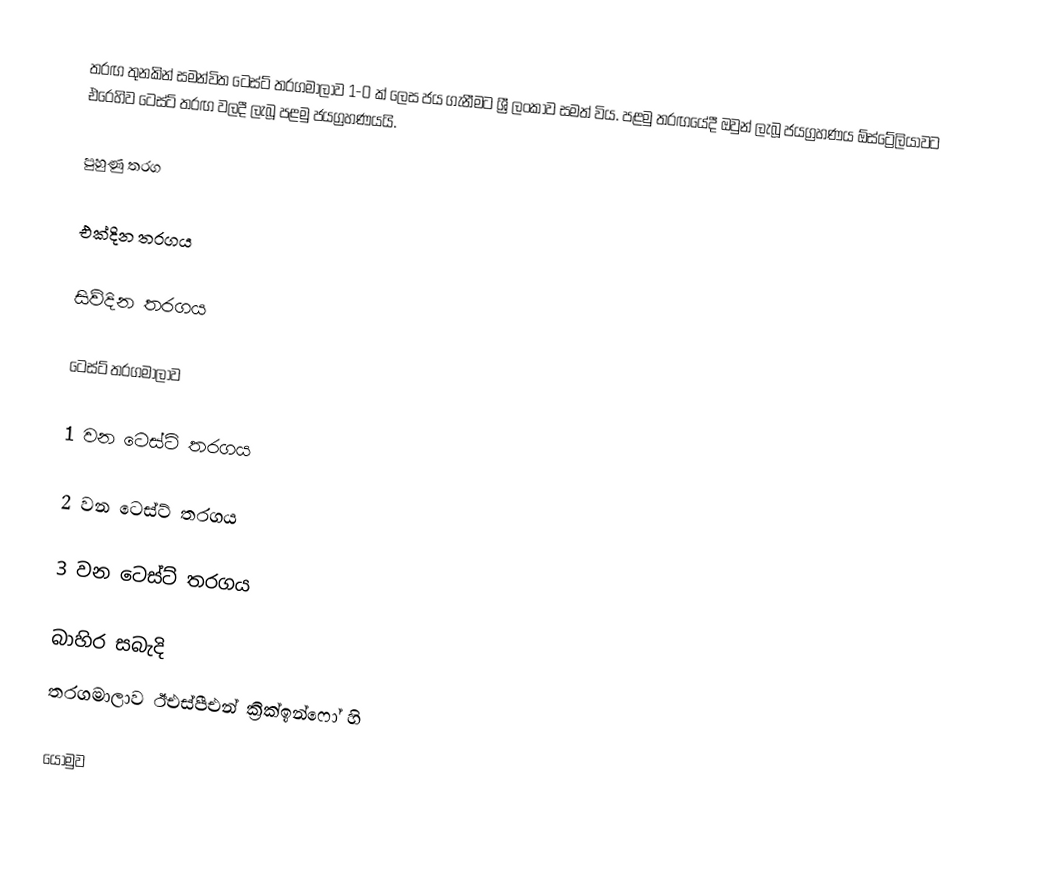
තරඟ තුනකින් සමන්විත ටෙස්ට් තරගමාලාව 1-0 ක් ලෙස ජය  ගැනීමට ශ්‍රී ලංකාව සමත් විය. පළමු තරඟයේදී ඔවුන් ලැබූ ජයග්‍රහණය ඕස්ට්‍රේලියාවට එරෙහිව ටෙස්ට් තරඟ වලදී ලැබූ පළමු ජයග්‍රහණයයි.

පුහුණු තරග

එක්දින තරගය

සිව්දින තරගය

ටෙස්ට් තරගමාලාව

1 වන ටෙස්ට් තරගය

2 වන ටෙස්ට් තරගය

3 වන ටෙස්ට් තරගය

බාහිර සබැදි
තරගමාලාව ඊඑස්පීඑන් ක්‍රික්ඉන්ෆෝ හි

යොමුව